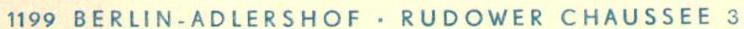
1199 BERLIN-ADLERSHOF . RUDOWER CHAUSSEE 3